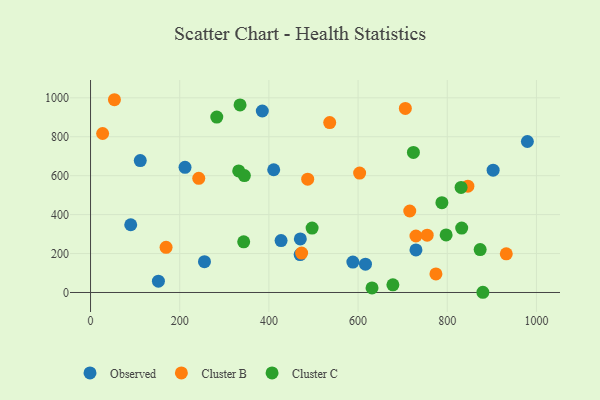
{"axis": {"x": "Price", "y": "Profit"}, "legend": ["Cluster B", "Cluster C", "Observed"], "data": [{"x": "616.6", "y": 145.6, "type": "Observed"}, {"x": "470.1", "y": 194.8, "type": "Observed"}, {"x": "385.2", "y": 932.2, "type": "Observed"}, {"x": "588.3", "y": 156.3, "type": "Observed"}, {"x": "902.9", "y": 628.3, "type": "Observed"}, {"x": "410.8", "y": 630.6, "type": "Observed"}, {"x": "979.7", "y": 775.5, "type": "Observed"}, {"x": "211.9", "y": 643.0, "type": "Observed"}, {"x": "470.5", "y": 275.1, "type": "Observed"}, {"x": "255.5", "y": 158.1, "type": "Observed"}, {"x": "90.1", "y": 347.9, "type": "Observed"}, {"x": "152.2", "y": 58.0, "type": "Observed"}, {"x": "111.5", "y": 677.4, "type": "Observed"}, {"x": "427.3", "y": 266.6, "type": "Observed"}, {"x": "729.8", "y": 218.7, "type": "Observed"}, {"x": "729.8", "y": 290.2, "type": "Cluster B"}, {"x": "932.4", "y": 198.8, "type": "Cluster B"}, {"x": "755.0", "y": 294.5, "type": "Cluster B"}, {"x": "473.4", "y": 202.5, "type": "Cluster B"}, {"x": "242.7", "y": 586.3, "type": "Cluster B"}, {"x": "169.4", "y": 231.8, "type": "Cluster B"}, {"x": "603.5", "y": 613.5, "type": "Cluster B"}, {"x": "846.3", "y": 545.9, "type": "Cluster B"}, {"x": "774.6", "y": 95.2, "type": "Cluster B"}, {"x": "536.4", "y": 872.8, "type": "Cluster B"}, {"x": "53.6", "y": 990.2, "type": "Cluster B"}, {"x": "706.0", "y": 945.5, "type": "Cluster B"}, {"x": "487.0", "y": 582.0, "type": "Cluster B"}, {"x": "27.1", "y": 816.8, "type": "Cluster B"}, {"x": "715.9", "y": 418.7, "type": "Cluster B"}, {"x": "879.9", "y": 1.1, "type": "Cluster C"}, {"x": "631.3", "y": 23.3, "type": "Cluster C"}, {"x": "873.8", "y": 220.2, "type": "Cluster C"}, {"x": "496.9", "y": 330.8, "type": "Cluster C"}, {"x": "831.0", "y": 539.7, "type": "Cluster C"}, {"x": "332.3", "y": 624.4, "type": "Cluster C"}, {"x": "724.1", "y": 719.3, "type": "Cluster C"}, {"x": "345.0", "y": 600.7, "type": "Cluster C"}, {"x": "797.5", "y": 295.9, "type": "Cluster C"}, {"x": "788.0", "y": 461.3, "type": "Cluster C"}, {"x": "335.3", "y": 963.4, "type": "Cluster C"}, {"x": "283.1", "y": 900.9, "type": "Cluster C"}, {"x": "832.4", "y": 330.8, "type": "Cluster C"}, {"x": "678.1", "y": 39.3, "type": "Cluster C"}, {"x": "343.5", "y": 260.4, "type": "Cluster C"}]}